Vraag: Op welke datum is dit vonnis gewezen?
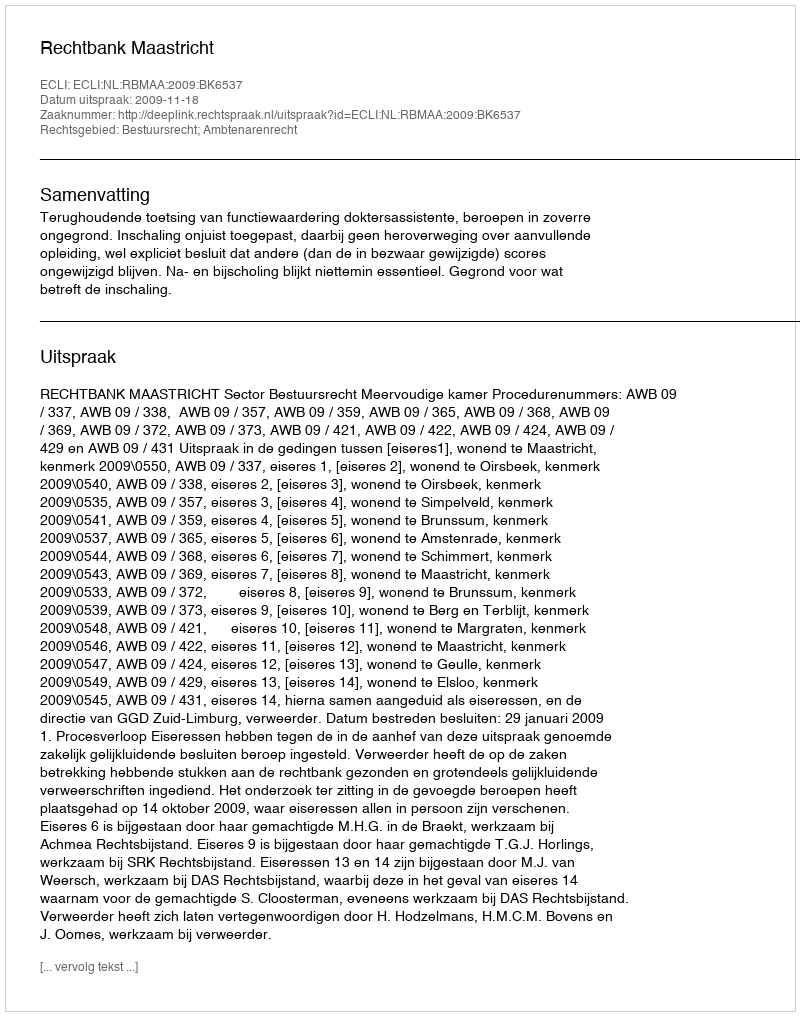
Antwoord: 2009-11-18